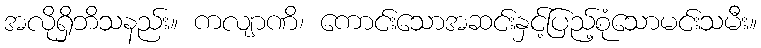
အလိုရှိဘိသနည်း။ ကလျာဏိ၊ ကောင်းသောအဆင်းနှင့်ပြည့်စုံသောမင်းသမီး။